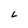
Character: L